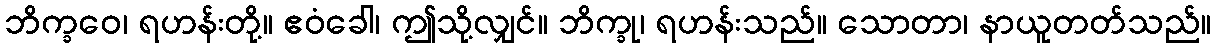
ဘိက္ခဝေ၊ ရဟန်းတို့။ ဧဝံခေါ၊ ဤသို့လျှင်။ ဘိက္ခု၊ ရဟန်းသည်။ သောတာ၊ နာယူတတ်သည်။